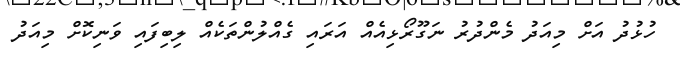
ހުޅުދު އަށް މިއަދު މެންދުރު ނަގޫރޯޅިއެއް އަރައި ގެއްލުންތަކެއް ލިބިފައި ވަނިކޮށް މިއަދު